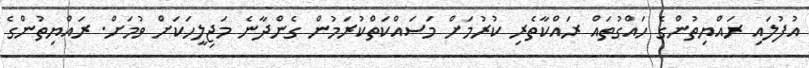
އުފުލައި ރައްޔިތުންގެ ހައްގުތައް ރައްކާތެރި ކުރުމަށް މަސައްކަތްކުރަމުން ގެންދާނެ މަޖިލީހަކަށް ވުމަށް. ރައްޔިތުންގެ